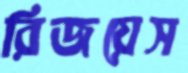
রিজয়েস